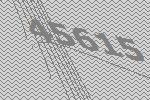
45615